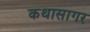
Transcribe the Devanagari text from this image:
कथासागर